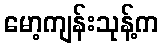
မော့ကျန်းသုန့်က